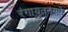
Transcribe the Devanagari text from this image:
रंगायतनमधे